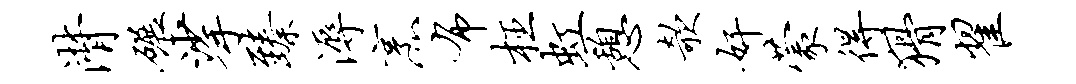
潸碾挲臻溽烹布枉虹憩欹奸蒙得猾翟